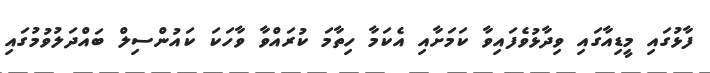
ފާޅުގައި މީޑިއާގައި ވިދާޅުވެފައިވާ ކަމަށާއި އެކަމާ ހިތާމަ ކުރައްވާ ވާހަކަ ކައުންސިލް ބައްދަލުވުމުގައި